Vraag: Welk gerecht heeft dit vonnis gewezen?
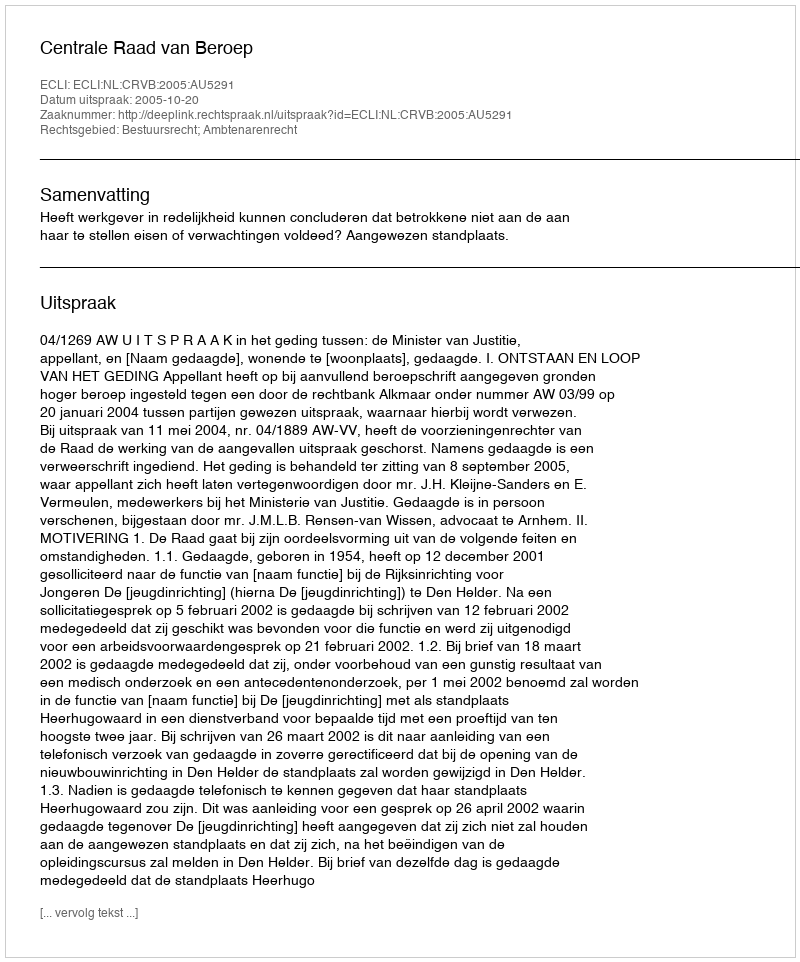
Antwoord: Centrale Raad van Beroep